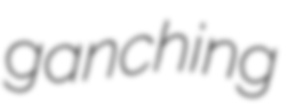
ganching